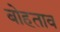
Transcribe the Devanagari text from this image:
बोहताव